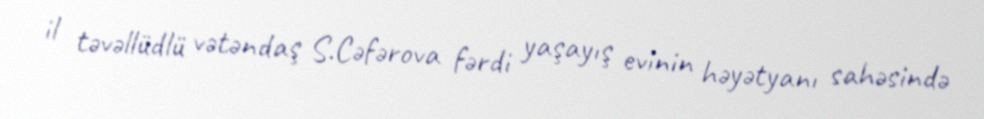
il təvəllüdlü vətəndaş S.Cəfərova fərdi yaşayış evinin həyətyanı sahəsində